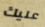
عليك